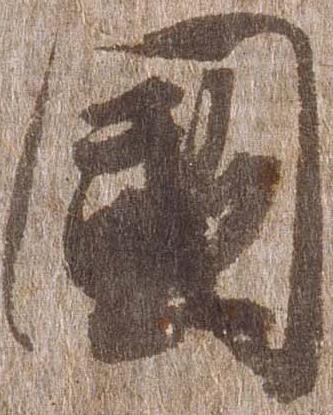
国